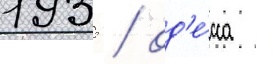
1935 / од'е́сса -